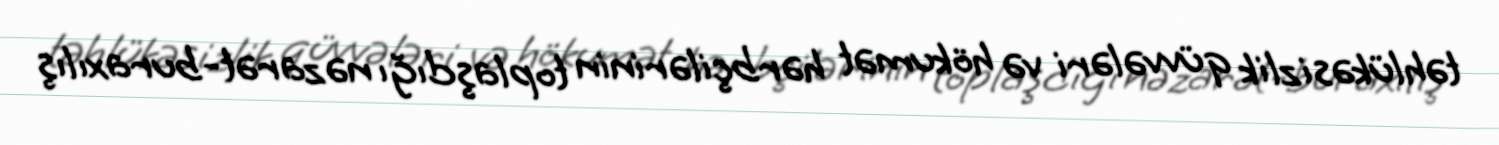
təhlükəsizlik qüvvələri və hökumət hərbçilərinin toplaşdığı nəzarət-buraxılış